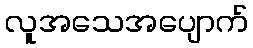
လူအသေအပျောက်